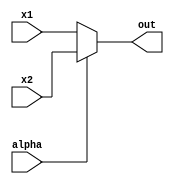
module COMMUTATORE2 (output [N-1:0]out, input [N-1:0]x1, input [N-1:0]x2, input alpha);
  parameter N=32;
  
  assign #2 out = ((~alpha) ? x1 : x2);

endmodule